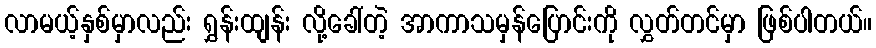
လာမယ့်နှစ်မှာလည်း ရွှန်းထျန်း လို့ခေါ်တဲ့ အာကာသမှန်ပြောင်းကို လွှတ်တင်မှာ ဖြစ်ပါတယ်။